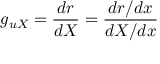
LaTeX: g _ { u X } = \frac { d r } { d X } = \frac { d r / d x } { d X / d x }